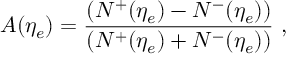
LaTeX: A ( \eta _ { e } ) = \frac { \left( N ^ { + } ( \eta _ { e } ) - N ^ { - } ( \eta _ { e } ) \right) } { \left( N ^ { + } ( \eta _ { e } ) + N ^ { - } ( \eta _ { e } ) \right) } \ ,